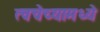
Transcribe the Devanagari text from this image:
त्वचेच्यामध्ये